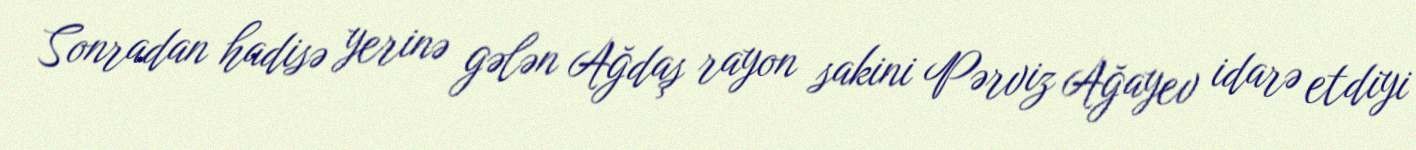
Sonradan hadisə yerinə gələn Ağdaş rayon sakini Pərviz Ağayev idarə etdiyi